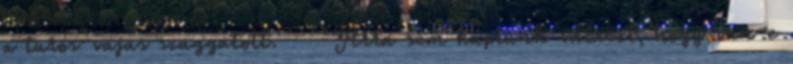
a turos-vajas szaggatott. "Arra sem kaptunk választ, hogy van-e